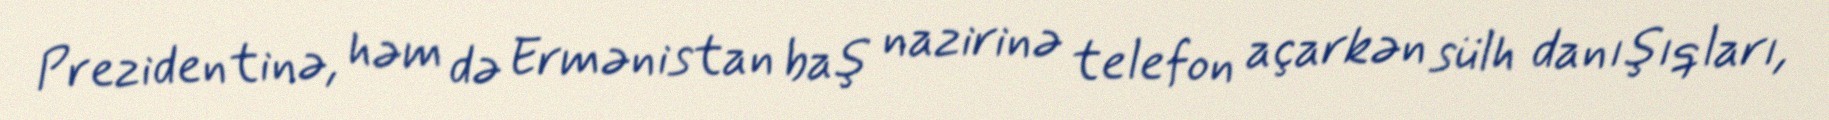
Prezidentinə, həm də Ermənistan baş nazirinə telefon açarkən sülh danışıqları,